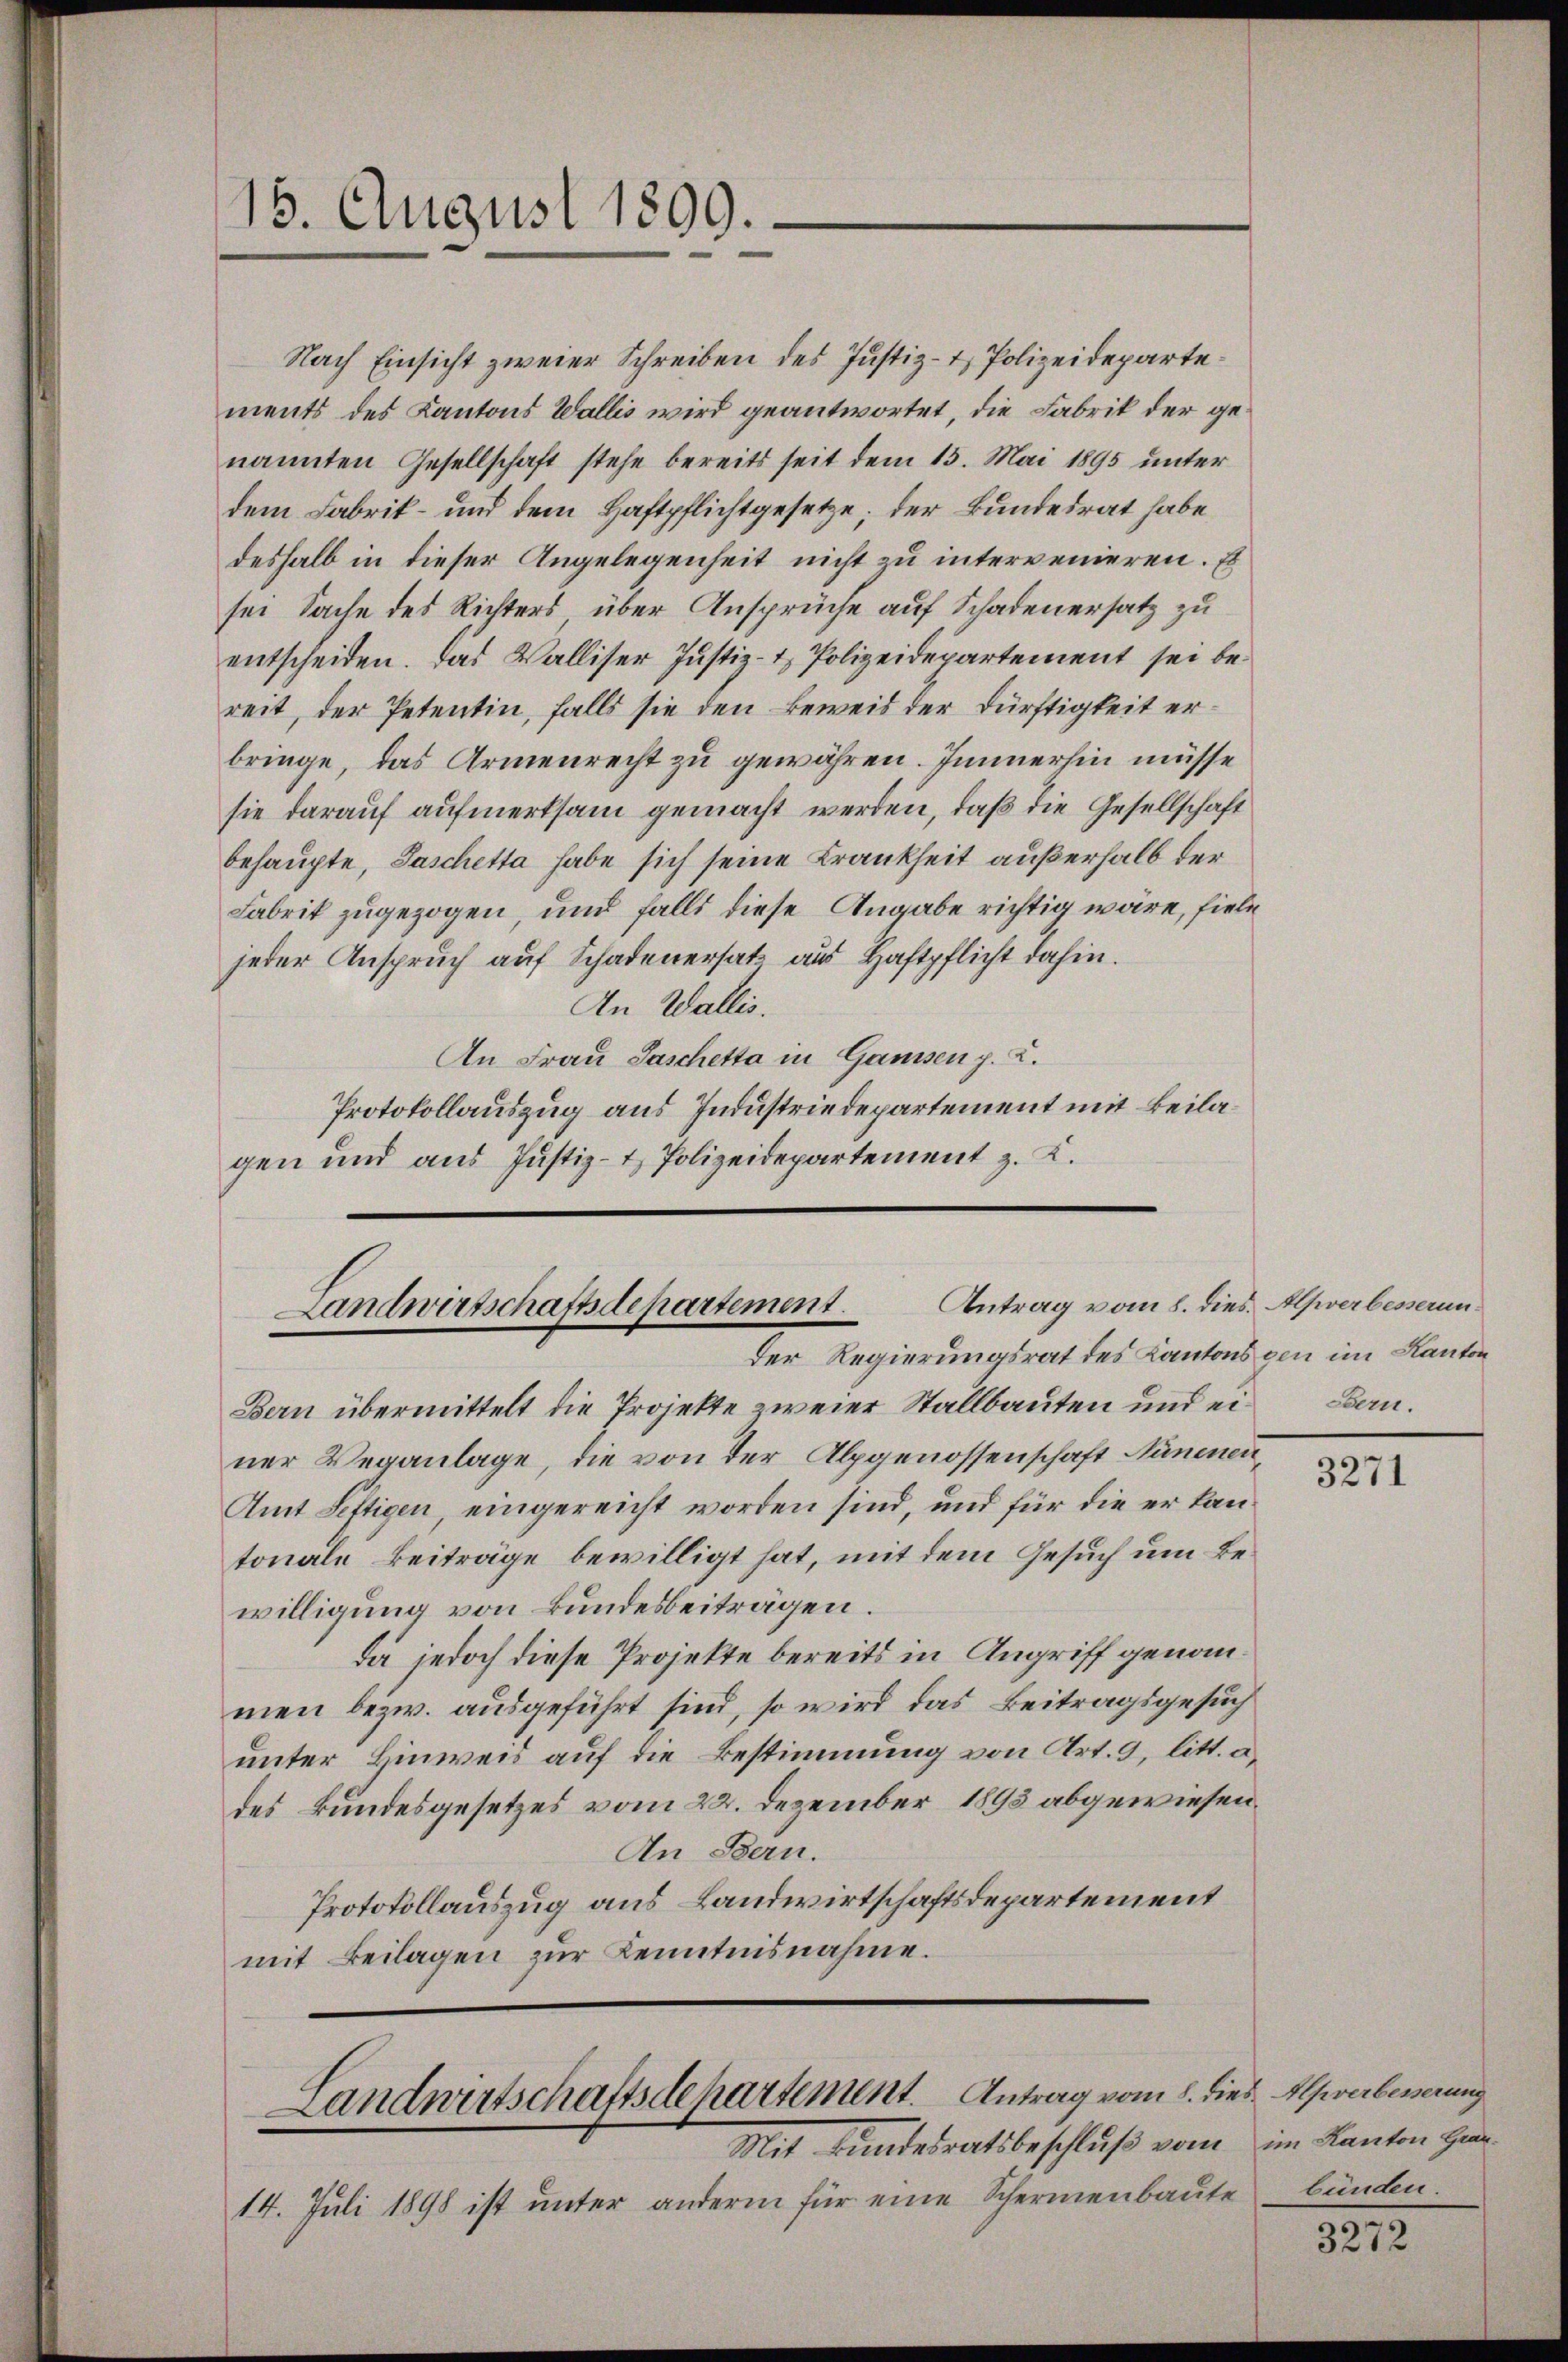
15. August 1899.

Nach Einsicht zweier Schreiben des Justiz- & Polizeidepartements des Kantons Wallis wird geantwortet, die Fabrik der genannten Gesellschaft stehe bereits seit dem 15. Mai 1895 unter
dem Fabrik- und dem Haftpflichtgesetze; der Bundesrat habe
deshalb in dieser Angelegenheit nicht zu intervenieren. Es
sei Sache des Richters über Ansprüche auf Schadenersatz zu
entscheiden. Das Walliser Justiz- & Polizeidepartement sei bereit, der Petentin, falls sie den Beweis der Dürftigkeit erbringe, das Armenrecht zu gewähren. Immerhin müsse
sie darauf aufmerksam gemacht werden, daß die Gesellschaft
behaupte, Taschetta habe sich seine Krankheit außerhalb der
Fabrik zugezogen, und falls diese Angabe richtig wäre, fiele
jeder Anspruch auf Schadenersatz aus Haftpflicht dahin.
An Wallis.
An Frau Paschetta in Gamssen p. C.
Protokollauszug aus Industriedepartement mit Beilagen und aus Justiz- & Polizeidepartement z. K.
Landwirtschaftsdepartement. Antrag vom 8. dies Alpverbesserunder Regierungsrat des Kantons gen im Kanton
Bern übermittelt die Projekte zweier Stallbauten und einer Veranlage, die von der Alpgenossenschaft Nünenen
Amt Seftigen, eingereicht worden sind, und für die er kantonale Beiträge bewilligt hat, mit dem Gesuch um Bewilligung von Bundesbeiträgen.
da jedoch diese Projekte bereits in Angriff genommen bezw. ausgeführt sind, so wird das Beitragsgesuch
unter Hinweis auf die Bestimmung von Art. 9, litt. a.
des Bundesgesetzes vom 22. Dezember 1893 abgewiesen.
An Bern.
Protokollauszug aus Landwirtschaftsdepartement
mit Beilagen zur Kenntnisnahme.
Landwirtschaftsdepartement. Antrag vom 8. dies Alpverbesserung

Mit Kindesratsbeschluß vom

14. Juli 1898 ist unter anderm für eine Schermenbaute bünden

Sarn.

3271

im Kanton Graz.

3272